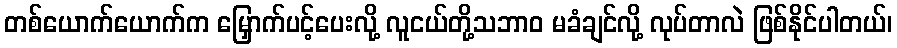
တစ်ယောက်ယောက်က မြှောက်ပင့်ပေးလို့ လူငယ်တို့သဘာဝ မခံချင်လို့ လုပ်တာလဲ ဖြစ်နိုင်ပါတယ်၊